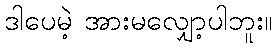
ဒါပေမဲ့ အားမလျှော့ပါဘူး။